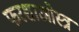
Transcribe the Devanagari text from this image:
फरशाओस्त्र